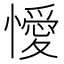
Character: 懓